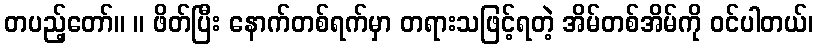
တပည့်တော်။ ။ ဖိတ်ပြီး နောက်တစ်ရက်မှာ တရားသဖြင့်ရတဲ့ အိမ်တစ်အိမ်ကို ဝင်ပါတယ်၊